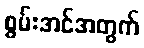
စွမ်းအင်အတွက်